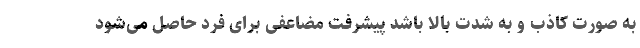
به صورت کاذب و به شدت بالا باشد پیشرفت مضاعفی برای فرد حاصل می‌شود